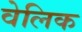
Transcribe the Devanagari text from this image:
वेलिक